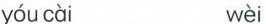
yóucài wèi